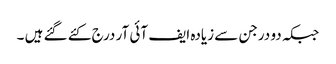
جبکہ دو درجن سے زیادہ ایف آئی آر درج کئے گئے ہیں ۔